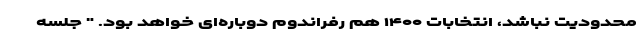
محدودیت نباشد، انتخابات ۱۴۰۰ هم رفراندوم دوباره‌ای خواهد بود. " جلسه